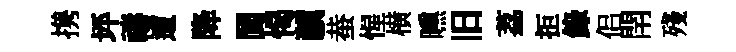
携坪禱遭降閬愒驥蛬惺横曛旧荔拒錄侣閈殘